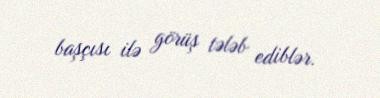
başçısı ilə görüş tələb ediblər.